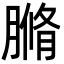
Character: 䐰